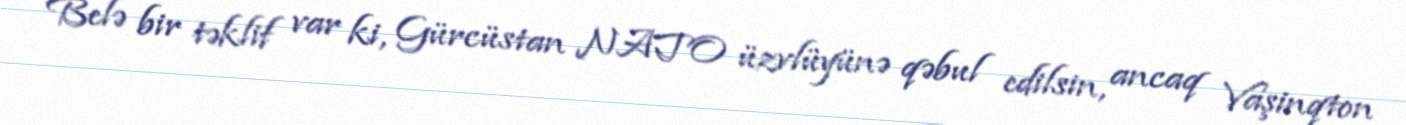
Belə bir təklif var ki, Gürcüstan NATO üzvlüyünə qəbul edilsin, ancaq Vaşinqton